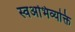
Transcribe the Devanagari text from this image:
स्वअभिव्यक्ति